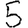
Digit: 5